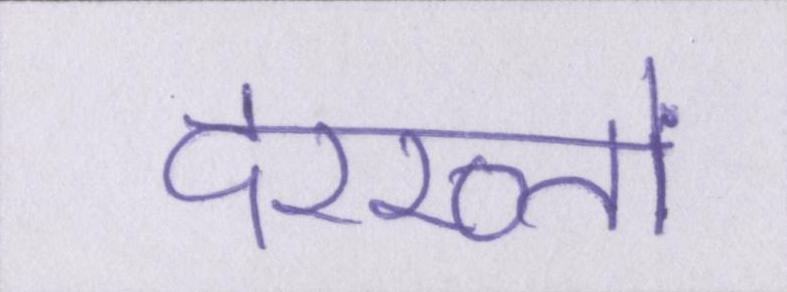
दरख्तों